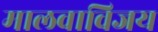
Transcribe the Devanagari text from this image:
मालवाविजय